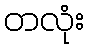
တလုံး